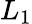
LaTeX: L_{1}